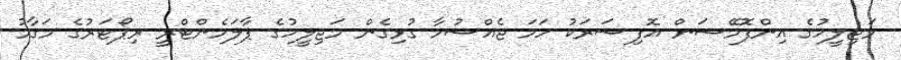
މަޖިލީހުގެ އިންފޮމޭޝަން އޮފިސަރަކު ހަމަ ޖެއްސުމާ ގުޅިގެން މަޖިލީހުގެ ޕާލަމެންޓްރީ ރިޕޯޓަރުގެ މަގާމު